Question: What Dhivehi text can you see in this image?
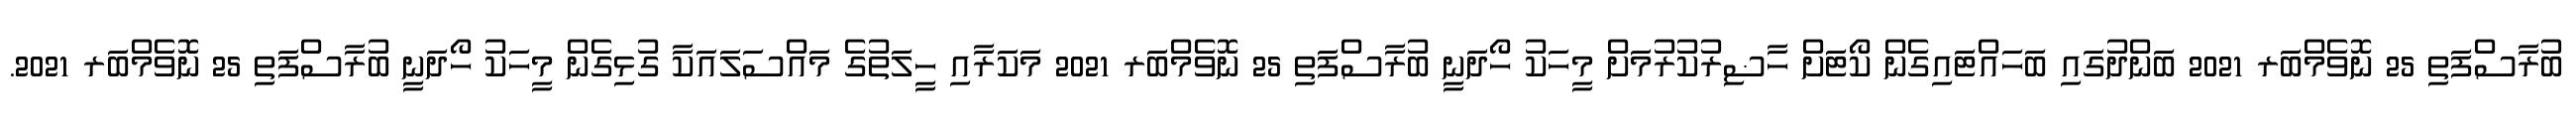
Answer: ބުރާސްފަތި 25 ނޮވެމްބަރ 2021 ބަންދުގައި ބަހައްޓައިގެން ކޯޓަށް ހާޟިރުކުރުމަށް މީހަކު ހޯދަނީ ބުރާސްފަތި 25 ނޮވެމްބަރ 2021 މަކަރާއި ހީލަތުގެ މައްސަލައަކާ ގުޅިގެން މީހަކު ހޯދަނީ ބުރާސްފަތި 25 ނޮވެމްބަރ 2021.